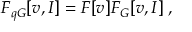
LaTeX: F _ { q G } [ v , I ] = F [ v ] F _ { G } [ v , I ] \; ,